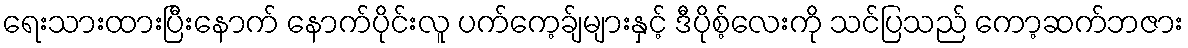
ရေးသားထားပြီးနောက် နောက်ပိုင်းလူ ပက်ကေ့ခ်ျများနှင့် ဒီပိုစ့်လေးကို သင်ပြသည် ကော့ဆက်ဘဇား